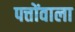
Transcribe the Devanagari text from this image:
पत्तोंवाला